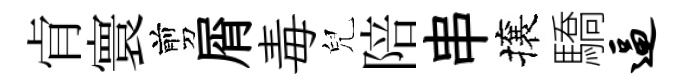
肻寰剪屑毒兒陪串攘驕逼